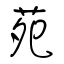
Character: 苑